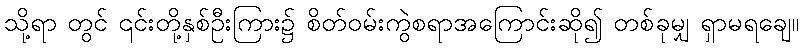
သို့ရာ တွင် ၎င်းတို့နှစ်ဦးကြား၌ စိတ်ဝမ်းကွဲစရာအကြောင်းဆို၍ တစ်ခုမျှ ရှာမရချေ။